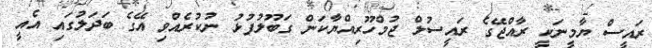
ރައީސް ޔާމީނަކީ ރާއްޖޭގެ ރައީސުލް ޖުމްހޫރިއްޔާކަން ގަބޫލުފުޅު ނުކުރެއްވި އޭގެ ބަދަލުގައި އެއީ